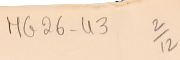
MG26-43   2/12